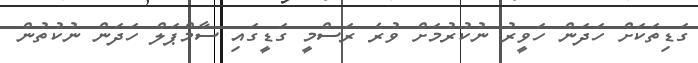
ގަޑިތަކަށް ހަދަން ހަވީރު ނުކުރުމަށް ވުރެ ރަސްމީ ގަޑީގައި ސާމްޕަލް ހަދަން ނުކުތުން